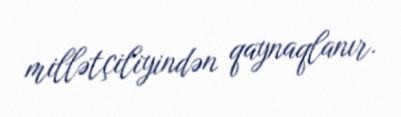
millətçiliyindən qaynaqlanır.